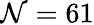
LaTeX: \mathcal{N}=61